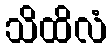
သိထိလံ